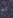
له